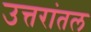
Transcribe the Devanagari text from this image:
उत्तरांतल